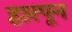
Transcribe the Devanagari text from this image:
हारपून